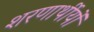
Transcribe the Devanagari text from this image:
शरणार्थीयों